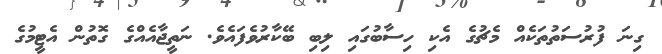
ގިނަ ފުރުސަތުތަކެއް މެޗުގެ އެކި ހިސާބުގައި ލިބި ބޭކާރުވެފައެވެ. ނަތީޖާއެއްގެ ގޮތުން އެޓީމުގެ